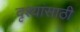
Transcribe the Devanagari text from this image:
दृश्यांसाठी